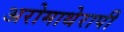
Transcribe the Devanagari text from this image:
अरोमाथेरापी